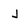
Character: j